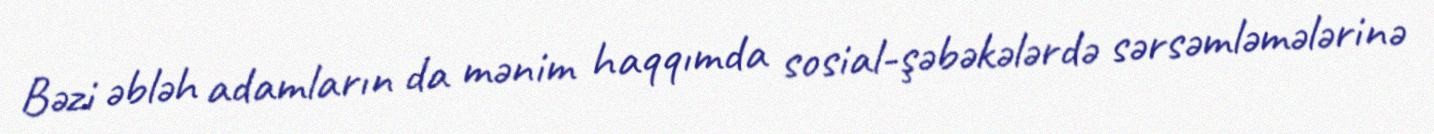
Bəzi əbləh adamların da mənim haqqımda sosial-şəbəkələrdə sərsəmləmələrinə